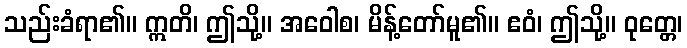
သည်းခံရာ၏။ ဣတိ၊ ဤသို့။ အဝေါစ၊ မိန့်တော်မူ၏။ ဧဝံ၊ ဤသို့။ ဝုတ္တေ၊